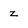
Character: z